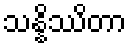
သန္နိဿိတာ